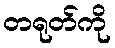
တရုတ်ကို